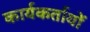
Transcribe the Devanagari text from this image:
कार्यकर्तायों